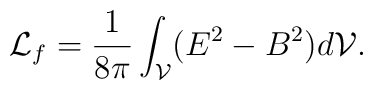
{\cal L}_f=\frac{1}{8\pi}\int_{\cal V}(E^2-B^2)d{\cal V}.